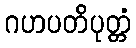
ဂဟပတိပုတ္တံ